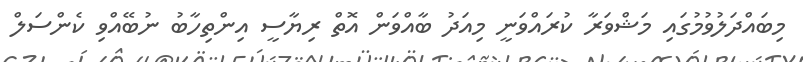
މިބައްދަލުވުމުގައި މަޝްވަރާ ކުރައްވަނީ މިއަދު ބާއްވަން އޮތް ރިޔާސީ އިންތިހާބު ނުބޭއްވި ކެންސަލް